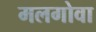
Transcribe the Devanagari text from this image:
मलगोवा